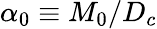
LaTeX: \alpha_{0}\equiv M_{0}/D_{c}